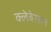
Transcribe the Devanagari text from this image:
क्लेबेरसन